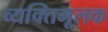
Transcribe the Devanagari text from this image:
व्यक्तिमूलक